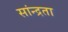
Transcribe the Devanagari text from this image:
सांन्द्रता